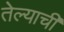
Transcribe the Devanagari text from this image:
तेल्याची